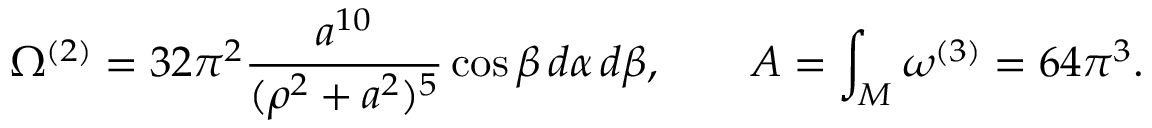
\Omega ^ { ( 2 ) } = 3 2 \pi ^ { 2 } { \frac { a ^ { 1 0 } } { ( \rho ^ { 2 } + a ^ { 2 } ) ^ { 5 } } } \cos \beta \, d \alpha \, d \beta , \quad \quad { \cal A } = \int _ { \cal M } \omega ^ { ( 3 ) } = 6 4 \pi ^ { 3 } .